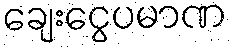
ချေးငွေပမာဏ